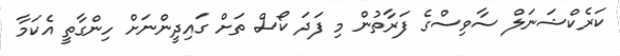
ކަރެކްޝަނަލް ސާވިސްގެ ފަރާތުން މި ފަދަ ކޯސް ތަށް ގައިދީންނަށް ހިންގާތީ އެކަމާ